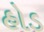
હોડ